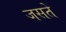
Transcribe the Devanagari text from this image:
जसते